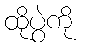
ထိုပွဲကို